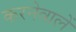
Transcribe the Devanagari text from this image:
करनेवालें